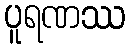
ပူရဏဿ